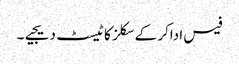
فیس اداکر کے سکلز کا ٹیسٹ دیجیے۔